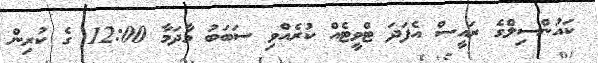
ކައުންސިލްގެ ރައީސް އެފަދަ ޓްވީޓެއް ކުރެއްވި ސަބަބު މާދަމާ 12:00 ގެ ކުރިން